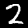
Digit: 2